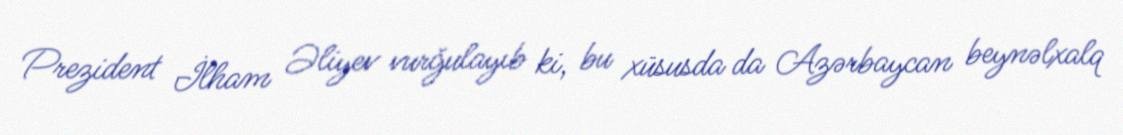
Prezident İlham Əliyev vurğulayıb ki, bu xüsusda da Azərbaycan beynəlxalq